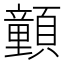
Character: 𩕉